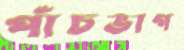
পাঁচভাগ